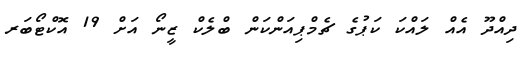
ދިއްދޫ އެއް ލައްކަ ކަޕުގެ ޗެމްޕިއަންކަން ބްލެކް ޒީނޯ އަށް 19 އޮކްޓޯބަރ